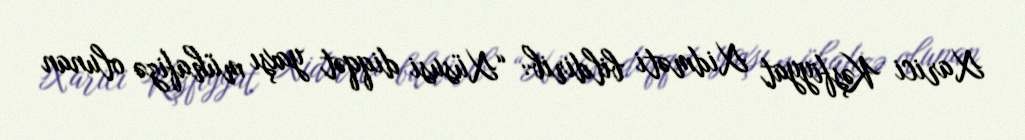
Xarici Kəşfiyyat Xidməti bildirib: “Xüsusi diqqət yaxşı mühafizə olunan